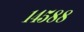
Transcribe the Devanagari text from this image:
१४५८८